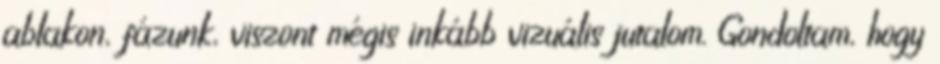
ablakon, fázunk, viszont mégis inkább vizuális jutalom. Gondoltam, hogy